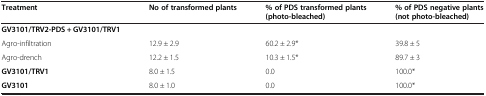
<table><thead><tr><td><b>Treatment</b></td><td><b>No of transformed plants</b></td><td><b>% of PDS transformed plants (photo-bleached)</b></td><td><b>% of PDS negative plants (not photo-bleached)</b></td></tr></thead><tbody><tr><td><b>GV3101/TRV2-PDS + GV3101/TRV1</b></td><td> </td><td> </td><td> </td></tr><tr><td>Agro-infiltration</td><td>12.9 ± 2.9</td><td>60.2 ± 2.9*</td><td>39.8 ± 5</td></tr><tr><td>Agro-drench</td><td>12.2 ± 1.5</td><td>10.3 ± 1.5*</td><td>89.7 ± 3</td></tr><tr><td><b>GV3101/TRV1</b></td><td>8.0 ± 1.5</td><td>0.0</td><td>100.0*</td></tr><tr><td><b>GV3101</b></td><td>8.0 ± 1.0</td><td>0.0</td><td>100.0*</td></tr></tbody></table>